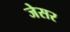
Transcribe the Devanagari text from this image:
जेसर